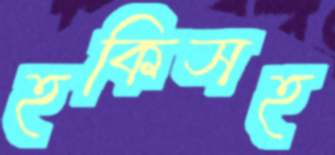
হকিসহ